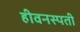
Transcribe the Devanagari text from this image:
हीवनस्पती